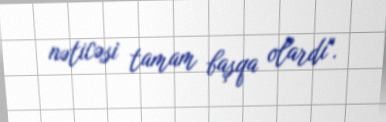
nəticəsi tamam başqa olardı".